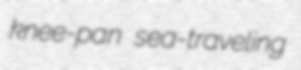
knee-pan sea-traveling